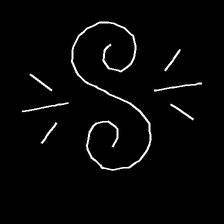
Glyph: wind-directs-air